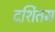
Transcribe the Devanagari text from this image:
दर्शितम